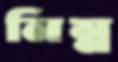
নিম্ন